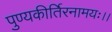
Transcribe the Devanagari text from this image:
पुण्यकीर्तिरनामयः।।